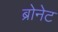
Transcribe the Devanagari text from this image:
ब्रोनेट